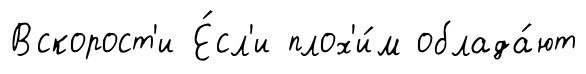
Вскорост'и Е́сл'и плох'и́м облада́ют